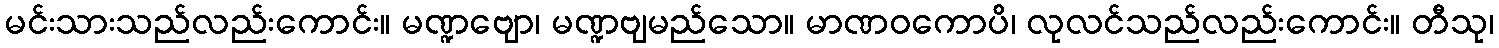
မင်းသားသည်လည်းကောင်း။ မဏ္ဍဗျော၊ မဏ္ဍဗျမည်သော။ မာဏဝကောပိ၊ လုလင်သည်လည်းကောင်း။ တီသု၊